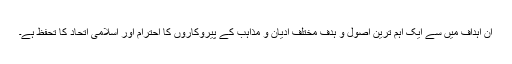
ان اہداف میں سے ایک اہم ترین اصول و ہدف مختلف ادیان و مذاہب کے پیروکاروں کا احترام اور اسلامی اتحاد کا تحفظ ہے۔